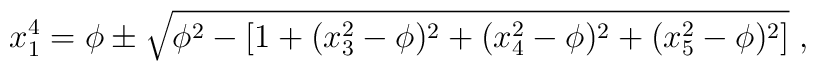
x_1^4 =\phi \pm\sqrt{\phi^2-[1+  (x_3^2-\phi)^2+(x_4^2-\phi)^2+(x_5^2-\phi)^2     ]}\; ,